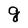
Character: g